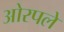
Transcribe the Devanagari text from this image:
ओरपले